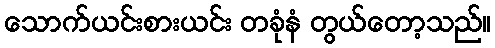
သောက်ယင်းစားယင်း တခုံနံ တွယ်တော့သည်။